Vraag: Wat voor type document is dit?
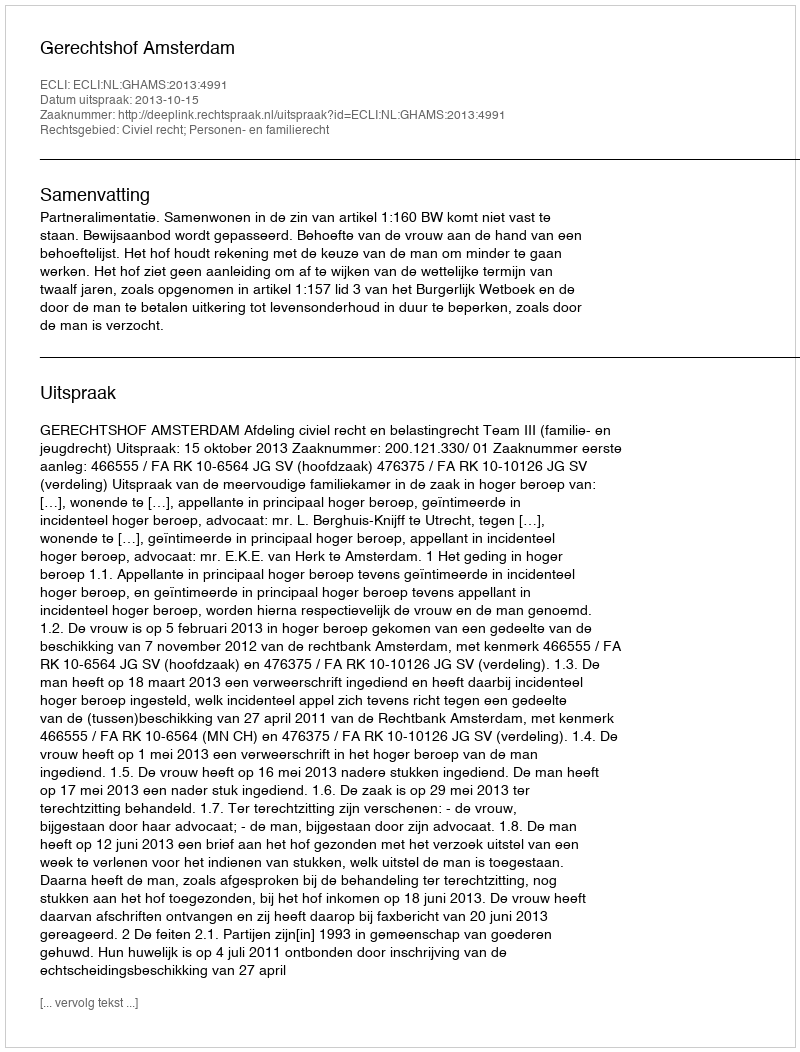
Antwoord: Uitspraak